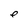
Character: e